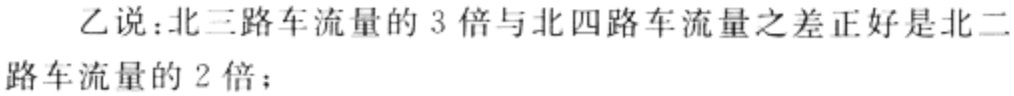
乙说：北三路车流量的 3 倍与北四路车流量之差正好是北二路车流量的 2 倍；